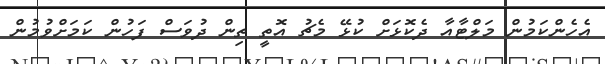
އެހެންކަމުން މަލްޓާއާ ދެކޮޅަށް ކުޅޭ މެޗު އޮތީ ތިން ދުވަސް ފަހުން ކަމަށްވުމުން